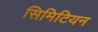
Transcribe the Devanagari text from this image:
सिमिटियन